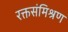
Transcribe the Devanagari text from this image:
रक्तसंमिश्रण